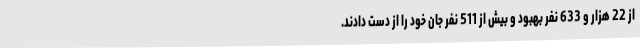
از 22 هزار و 633 نفر بهبود و بیش از 511 نفر جان خود را از دست دادند.